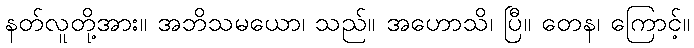
နတ်လူတို့အား။ အဘိသမယော၊ သည်။ အဟောသိ၊ ပြီ။ တေန၊ ကြောင့်။